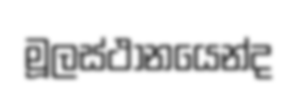
මූලස්ථානයෙන්ද